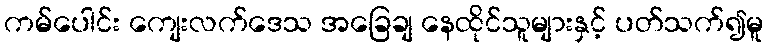
ကမ်ပေါင်း ကျေးလက်ဒေသ အခြေချ နေထိုင်သူများနှင့် ပတ်သက်၍မူ